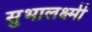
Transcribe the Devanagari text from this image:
सुभालक्ष्मी